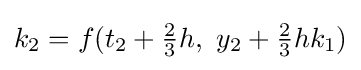
k_{2}=f(t_{2}+{\tfrac {2}{3}}h,\ y_{2}+{\tfrac {2}{3}}hk_{1})